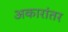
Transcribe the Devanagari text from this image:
अकारांतर